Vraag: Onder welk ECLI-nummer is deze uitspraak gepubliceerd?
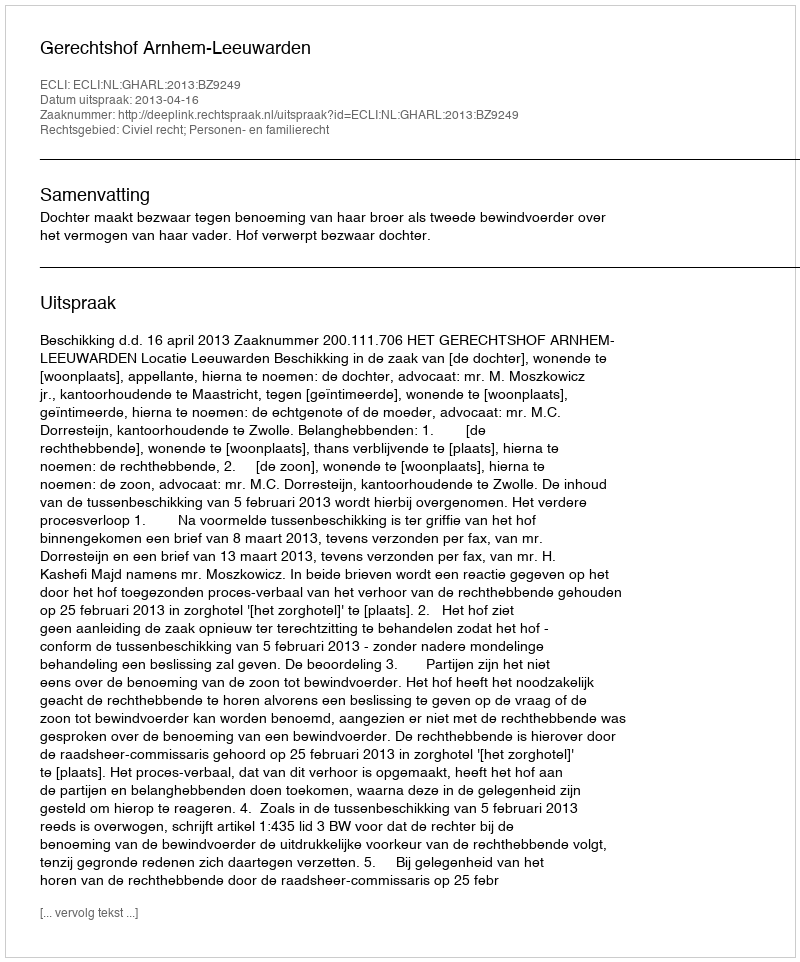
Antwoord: ECLI:NL:GHARL:2013:BZ9249